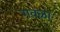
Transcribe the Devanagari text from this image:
गवळा